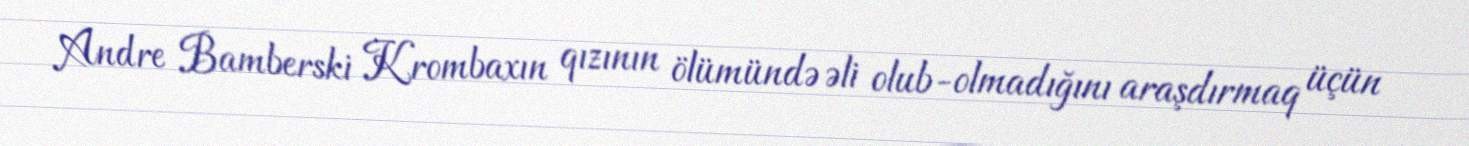
Andre Bamberski Krombaxın qızının ölümündə əli olub-olmadığını araşdırmaq üçün